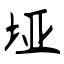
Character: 垭